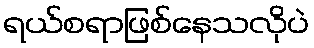
ရယ်စရာဖြစ်နေသလိုပဲ